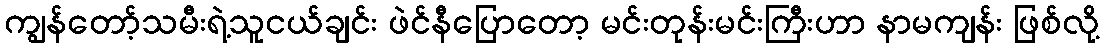
ကျွန်တော့်သမီးရဲ့သူငယ်ချင်း ဖဲင်နီပြောတော့ မင်းတုန်းမင်းကြီးဟာ နာမကျန်း ဖြစ်လို့